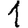
Digit: 1